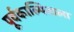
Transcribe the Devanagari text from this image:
पूर्वकाल्पिताला